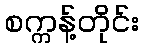
စက္ကန့်တိုင်း